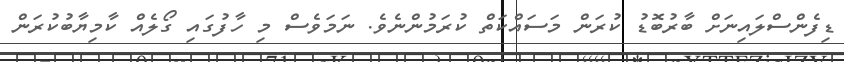
ޑިފެންސްލައިނަށް ބާރުބޮޑު ކުރަން މަސައްކަތް ކުރަމުންނެވެ. ނަމަވެސް މި ހާފުގައި ގޯލެއް ކާމިޔާބުކުރަން